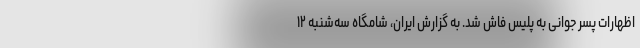
اظهارات پسر جوانی به پلیس فاش شد. به گزارش ایران، شامگاه سه‌شنبه ۱۲